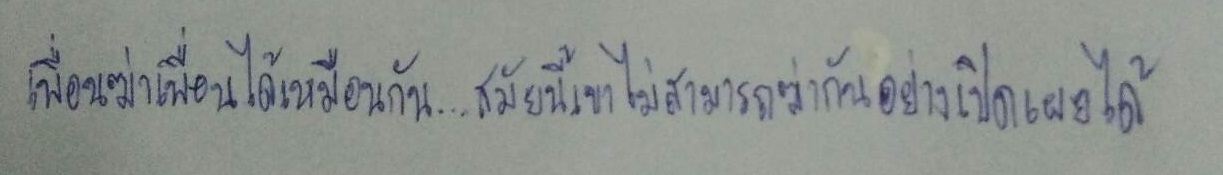
เพื่อนฆ่าเพื่อนได้เหมือนกัน...สมัยนี้เขาไม่สามารถฆ่ากันอย่างเปิดเผยได้